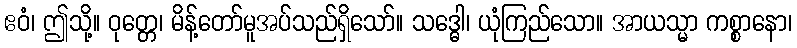
ဧဝံ၊ ဤသို့။ ဝုတ္တေ၊ မိန့်တော်မူအပ်သည်ရှိသော်။ သဒ္ဓေါ၊ ယုံကြည်သော။ အာယသ္မာ ကစ္စာနော၊